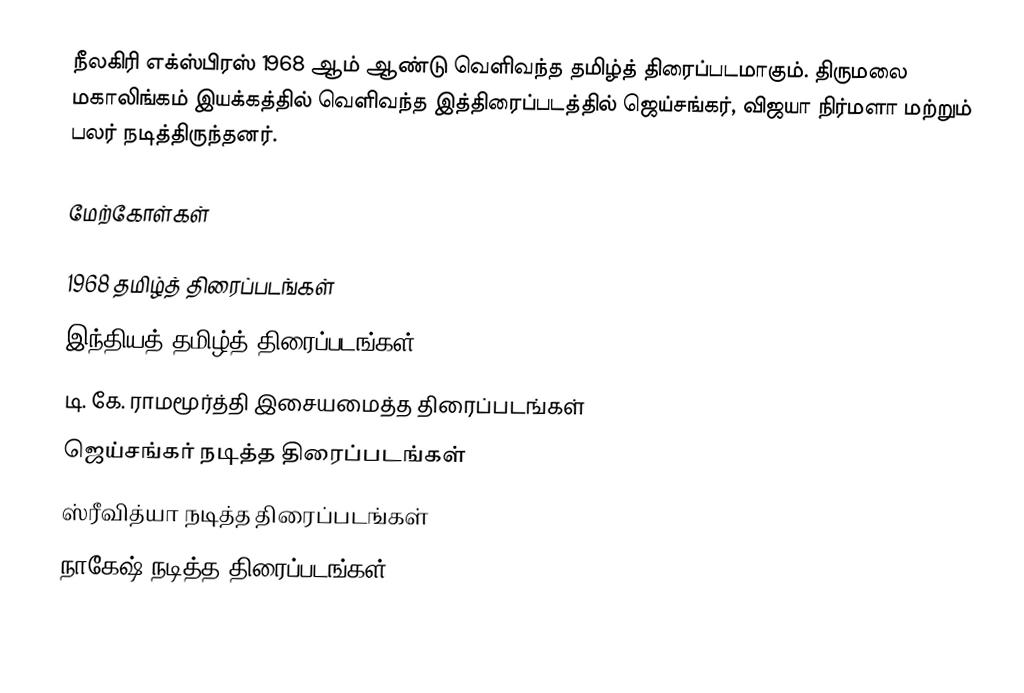
நீலகிரி எக்ஸ்பிரஸ் 1968 ஆம் ஆண்டு வெளிவந்த தமிழ்த் திரைப்படமாகும். திருமலை மகாலிங்கம் இயக்கத்தில் வெளிவந்த இத்திரைப்படத்தில் ஜெய்சங்கர், விஜயா நிர்மளா மற்றும் பலர் நடித்திருந்தனர்.

மேற்கோள்கள்

1968 தமிழ்த் திரைப்படங்கள்
இந்தியத் தமிழ்த் திரைப்படங்கள்
டி. கே. ராமமூர்த்தி இசையமைத்த திரைப்படங்கள்
ஜெய்சங்கர் நடித்த திரைப்படங்கள்
ஸ்ரீவித்யா நடித்த திரைப்படங்கள்
நாகேஷ் நடித்த திரைப்படங்கள்